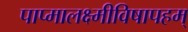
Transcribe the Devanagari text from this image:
पाप्मालक्ष्मीविषापहम्